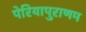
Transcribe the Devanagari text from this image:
पेरियापुराणम